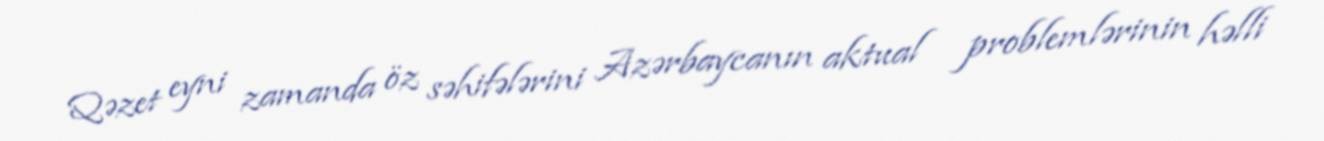
Qəzet eyni zamanda öz səhifələrini Azərbaycanın aktual problemlərinin həlli